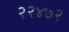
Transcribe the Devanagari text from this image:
२२४७२